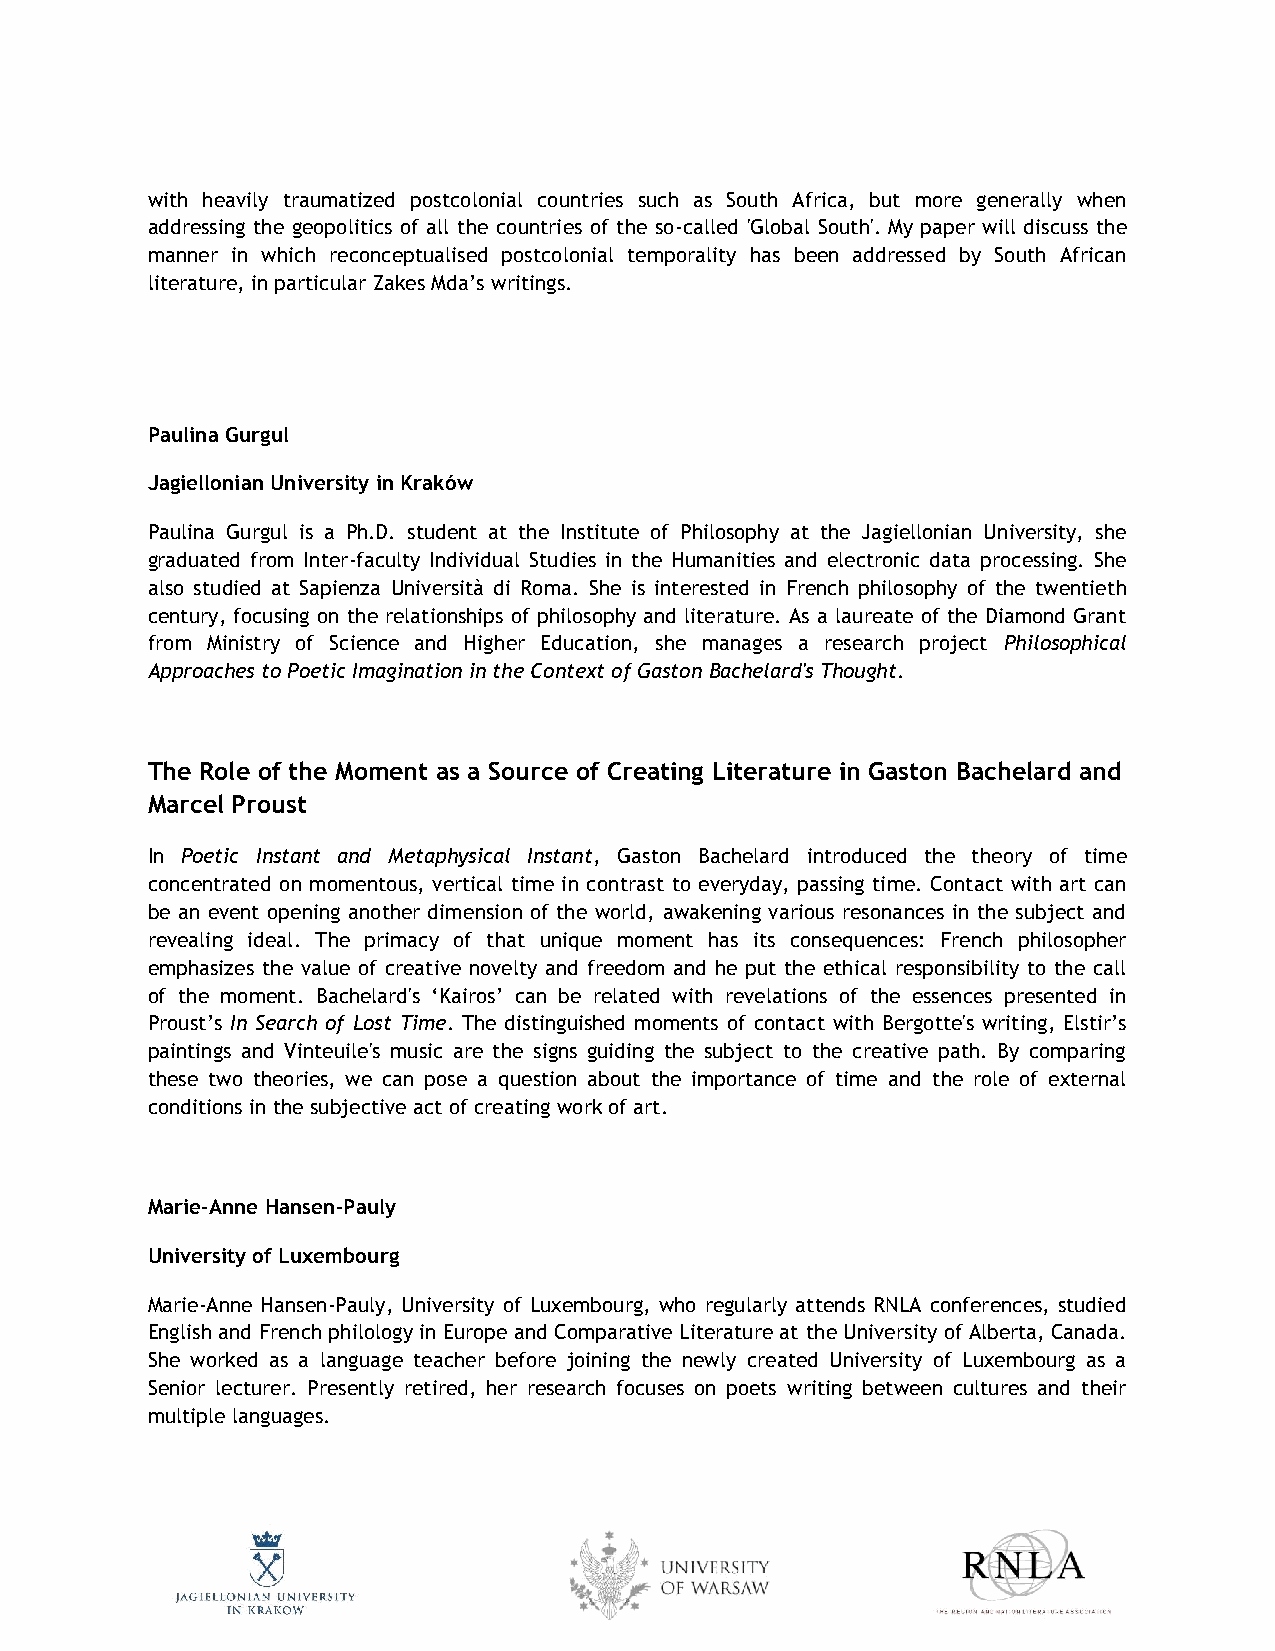
with heavily traumatized postcolonial countries such as South Africa, but more generally when
 addressing the geopolitics of all the countries of the so-called 'Global South'. My paper will discuss the
 manner in which reconceptualised postcolonial temporality has been addressed by South African
 literature, in particular Zakes Mda’s writings.
 Paulina Gurgul
 Jagiellonian University in Kraków
 Paulina Gurgul is a Ph.D. student at the Institute of Philosophy at the Jagiellonian University, she
 graduated from Inter-faculty Individual Studies in the Humanities and electronic data processing. She
 also studied at Sapienza Università di Roma. She is interested in French philosophy of the twentieth
 century, focusing on the relationships of philosophy and literature. As a laureate of the Diamond Grant
 from Ministry of Science and Higher Education, she manages a research project Philosophical
 Approaches to Poetic Imagination in the Context of Gaston Bachelard's Thought.
 The Role of the Moment as a Source of Creating Literature in Gaston Bachelard and
 Marcel Proust
 In Poetic Instant and Metaphysical Instant, Gaston Bachelard introduced the theory of time
 concentrated on momentous, vertical time in contrast to everyday, passing time. Contact with art can
 be an event opening another dimension of the world, awakening various resonances in the subject and
 revealing ideal. The primacy of that unique moment has its consequences: French philosopher
 emphasizes the value of creative novelty and freedom and he put the ethical responsibility to the call
 of the moment. Bachelard's ‘Kairos’ can be related with revelations of the essences presented in
 Proust’s In Search of Lost Time. The distinguished moments of contact with Bergotte's writing, Elstir’s
 paintings and Vinteuile's music are the signs guiding the subject to the creative path. By comparing
 these two theories, we can pose a question about the importance of time and the role of external
 conditions in the subjective act of creating work of art.
 Marie-Anne Hansen-Pauly
 University of Luxembourg
 Marie-Anne Hansen-Pauly, University of Luxembourg, who regularly attends RNLA conferences, studied
 English and French philology in Europe and Comparative Literature at the University of Alberta, Canada.
 She worked as a language teacher before joining the newly created University of Luxembourg as a
 Senior lecturer. Presently retired, her research focuses on poets writing between cultures and their
 multiple languages.